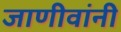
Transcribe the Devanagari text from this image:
जाणीवांनी